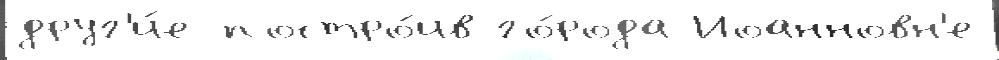
друг'и́е постро́ив го́рода Иоанновн'е